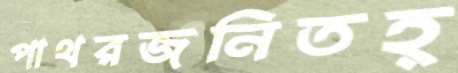
পাথরজনিতহ্